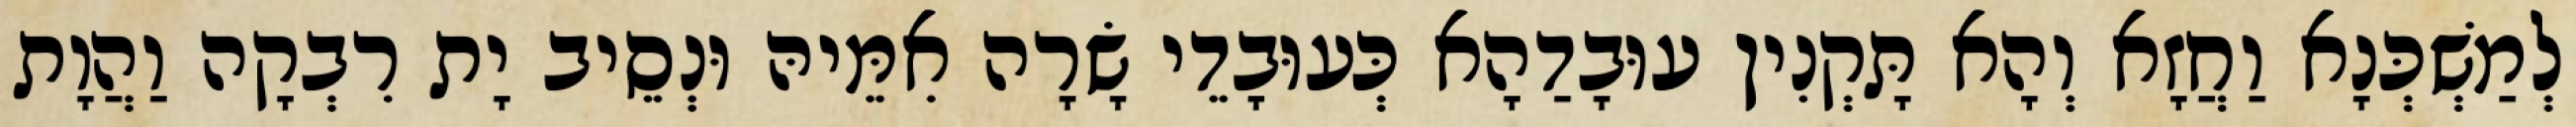
לְמַשְׁכְּנָא וַחֲזָא וְהָא תָּקְנִין עוּבָדַהָא כְּעוּבָדֵי שָׂרָה אִמֵּיהּ וּנְסֵיב יָת רִבְקָה וַהֲוָת